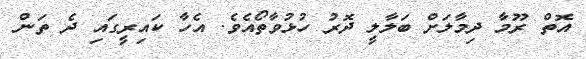
އޮތް ރޫމާ ދިމާލަށް ބަލާލީ ދޮރު ހުޅުވާތޯއެވެ. އެހާ ކައިރީގައި ދެ ތަން